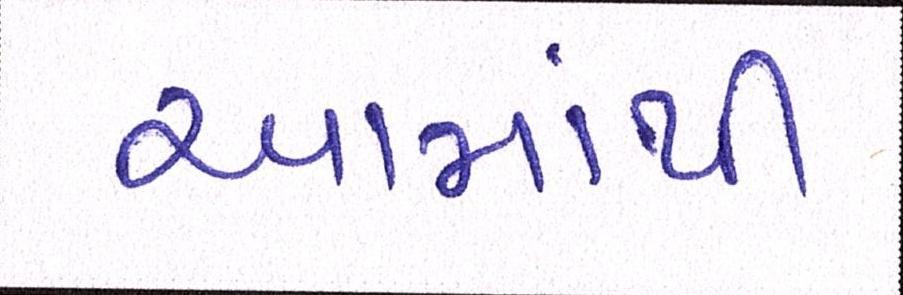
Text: આમાંથી